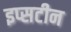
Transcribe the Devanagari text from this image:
इप्सटीन